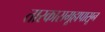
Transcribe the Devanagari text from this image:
तारकासमूहापासून